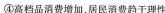
④高档品消费增加，居民消费趋于理性